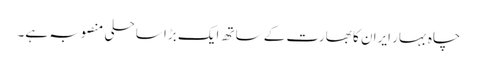
چاہ بہار ایران کا بھارت کے ساتھ ایک بڑا ساحلی منصوبہ ہے۔